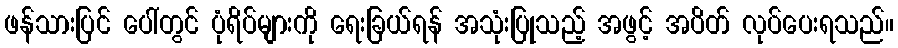
ဖန်သားပြင် ပေါ်တွင် ပုံရိပ်များကို ရေးခြယ်ရန် အသုံးပြုသည့် အဖွင့် အပိတ် လုပ်ပေးရသည်။